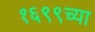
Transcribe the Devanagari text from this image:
१६९९च्या